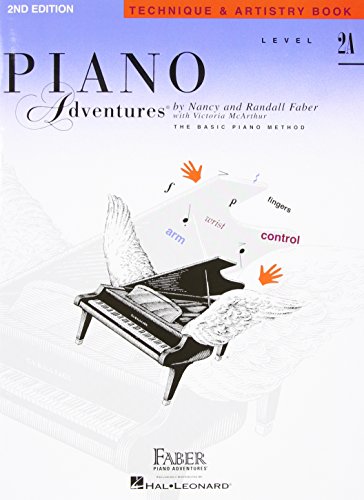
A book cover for Level 2A - Technique & Artistry Book: Piano Adventures; Humor & Entertainment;